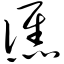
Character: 谯